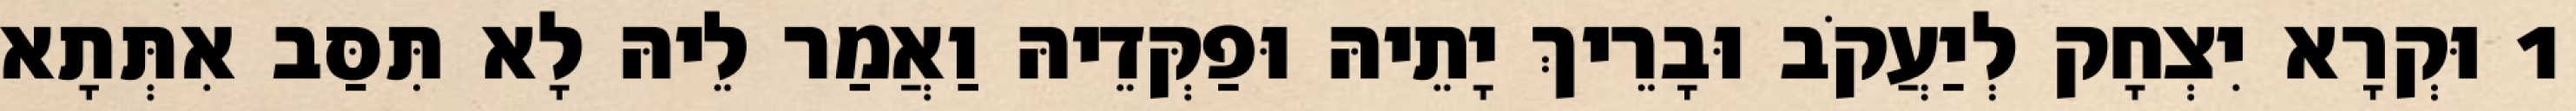
1 וּקְרָא יִצְחָק לְיַעֲקֹב וּבָרֵיךְ יָתֵיהּ וּפַקְּדֵיהּ וַאֲמַר לֵיהּ לָא תִּסַּב אִתְּתָא